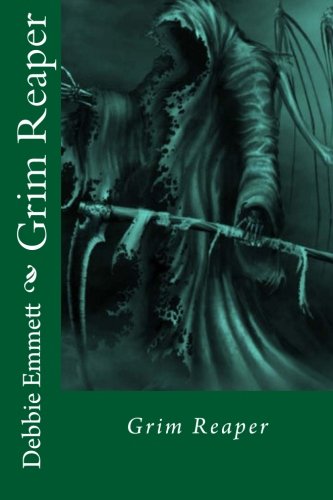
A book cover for Grim Reaper; Mrs Debbie Joy Emmett Pastor; Teen & Young Adult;